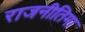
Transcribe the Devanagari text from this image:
राजनीतिमा